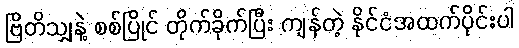
ဗြိတိသျှနဲ့ စစ်ပြိုင် တိုက်ခိုက်ပြီး ကျန်တဲ့ နိုင်ငံအထက်ပိုင်းပါ